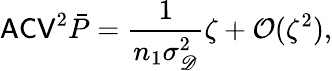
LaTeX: \mathsf{ACV}^{2}\bar{P}=\frac{1}{n_{1}\sigma_{\mathscr D}^{2}}\zeta+\mathcal O(\zeta^{2}),